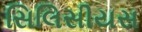
સિલિસીયસ